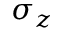
\sigma _ { z }